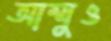
আম্মুও